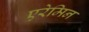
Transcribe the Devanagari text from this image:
एरेमिन